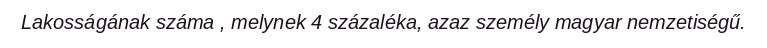
Lakosságának száma , melynek 4 százaléka, azaz személy magyar nemzetiségű.